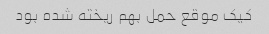
کیک موقع حمل بهم ریخته شده بود